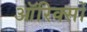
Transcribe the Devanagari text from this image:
ऑरिक्सों